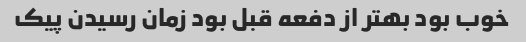
خوب بود بهتر از دفعه قبل بود زمان رسیدن پیک